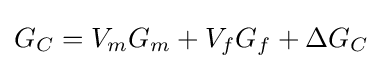
G_{C}=V_{m}G_{m}+V_{f}G_{f}+\Delta G_{C}